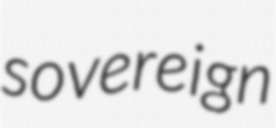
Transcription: sovereign